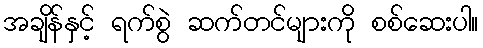
အချိန်နှင့် ရက်စွဲ ဆက်တင်များကို စစ်ဆေးပါ။